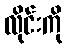
လိုင်းကို